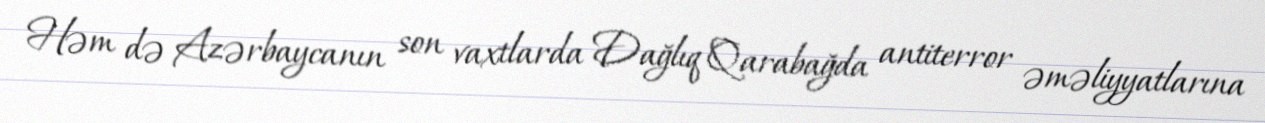
Həm də Azərbaycanın son vaxtlarda Dağlıq Qarabağda antiterror əməliyyatlarına